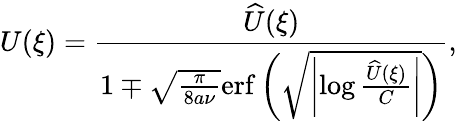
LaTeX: U(\xi)=\frac{\widehat{U}(\xi)}{1\mp\sqrt{\frac{\pi}{8a\nu}}\mathrm{erf}\left(\sqrt{\left|\log\frac{\widehat{U}(\xi)}{C}\right|}\right)},